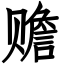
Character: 赡